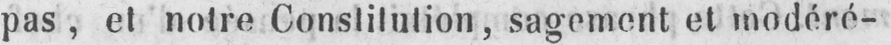
pas, et notre Constitution, sagement et modéré-